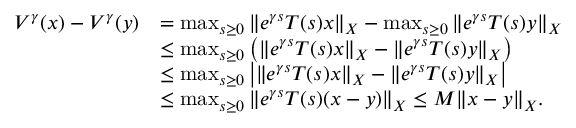
\begin{array} { r l } { V ^ { \gamma } ( x ) - V ^ { \gamma } ( y ) } & { = \operatorname* { m a x } _ { s \geq 0 } \| e ^ { \gamma s } T ( s ) x \| _ { X } - \operatorname* { m a x } _ { s \geq 0 } \| e ^ { \gamma s } T ( s ) y \| _ { X } } \\ & { \leq \operatorname* { m a x } _ { s \geq 0 } \big ( \| e ^ { \gamma s } T ( s ) x \| _ { X } - \| e ^ { \gamma s } T ( s ) y \| _ { X } \big ) } \\ & { \leq \operatorname* { m a x } _ { s \geq 0 } \big | \| e ^ { \gamma s } T ( s ) x \| _ { X } - \| e ^ { \gamma s } T ( s ) y \| _ { X } \big | } \\ & { \leq \operatorname* { m a x } _ { s \geq 0 } \| e ^ { \gamma s } T ( s ) ( x - y ) \| _ { X } \leq M \| x - y \| _ { X } . } \end{array}